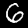
Label: 6